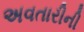
અવતારીની